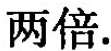
两倍.